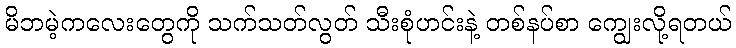
မိဘမဲ့ကလေးတွေကို သက်သတ်လွတ် သီးစုံဟင်းနဲ့ တစ်နပ်စာ ကျွေးလို့ရတယ်